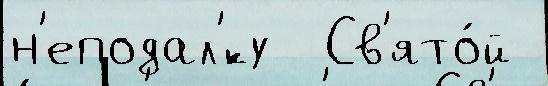
н'еподал'́ку  Св'ято́й